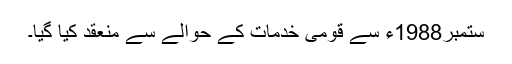
ستمبر1988ء سے قومی خدمات کے حوالے سے منعقد کیا گیا۔